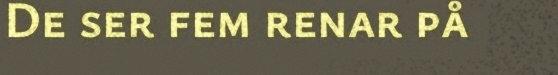
De ser fem renar på